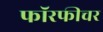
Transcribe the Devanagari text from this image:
फॉरफीचर